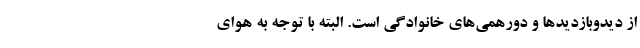
از دیدوبازدیدها و دورهمی‌های خانوادگی است. البته با توجه به هوای